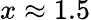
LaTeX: x\approx 1.5